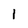
Character: 1